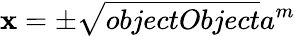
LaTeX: \mathbf{x}=\pm{\sqrt{{{objectObject}}}{{a^{m}}}}